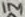
Text: 1M